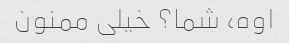
اوه، شما؟ خیلی ممنون